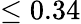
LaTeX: \leq 0.34